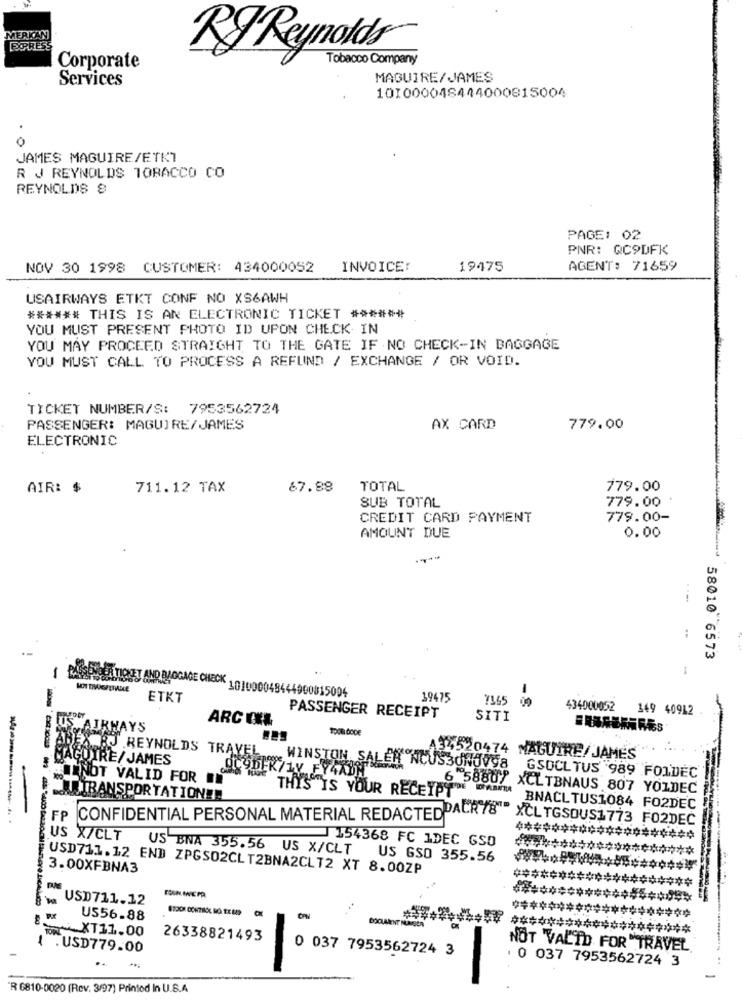
MERKAN
EXPRESS
RJ Reynolds
Tobacco Company
Corporate
Services
MAGUIRE/JAMES
101000048444000815004
0
JAMES MAGUIRE/ETKI
R J REYNOLDS TOBACCO CO
REYNOLDS 9
PAGE: 02
PNR: QC9DFK
NOV 30 1998 CUSTOMER: 434000052
INVOICE:
19475
AGENT: 71659
USAIRWAYS ETKT CONF NO XS6AWH
****** THIS IS AN ELECTRONIC TICKET ******
YOU MUST PRESENT PHOTO ID UPON CHECK IN
YOU MAY PROCEED STRAIGHT TO THE GATE IF NO CHECK-IN BAGGAGE
YOU MUST CALL TO PROCESS A REFUND / EXCHANGE / OR VOID.
TICKET NUMBER/S: 7953562724
PASSENGER: MAGUIRE/JAMES
AX CARD
779.00
ELECTRONIC
AIR: $
711.12 TAX
67.88
TOTAL
779.00
779.00
SUB TOTAL
CREDIT CARD PAYMENT
779.00-
AMOUNT DUE
0.00
58010 6573
1
PASSENDEA TICKET AND BAGGAGE CHECK 101000048444990815004
ETKT
39475
434000052
169 40912
ARC CXA
PASSENGER RECEIPT
SITI
AIRWAYS
MAGUIRE/JAMES
RJREYNOLDS TRAVEL
34520474 MAGUIRE/JAMES
ADEK/1V FY4ADM
WINSTON, SALER NOUS3ONOV98
#NOT VALID FOR ON
GSOCL TUS 989 FOIDEC
THIS IS YOUR RECEIPT"
6 58807 XCLTBNAUS 807 YOLDEC
JETRANSPORTATION !!
BNACL TUS1084 FO2DEC
FP CONFIDENTIAL PERSONAL MATERIAL REDACTEDPACR78" XCLTGSOUS1773 FO2DEC
********************
J154368 FC 1DEC GSO
US X/CLT US BNA 355.56 US X/CLT US GSO 355.56
3.00XFBNA3
USD711.12 END ZPGSO2CLT2BNA2CLT2 XT 8.00ZP
********************
USD711.12
********************
US56.88
********************
T XT11.00
********************
26338821493
. USD779.00
NOT 'VALID FOR TRAVEL
0 037 7953562724 3
0 037 7953562724 3
-
R 6810-0020 (Rev. 3/97) Printed In U.S.A